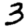
Digit: 3